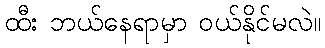
ထီး ဘယ်နေရာမှာ ဝယ်နိုင်မလဲ။